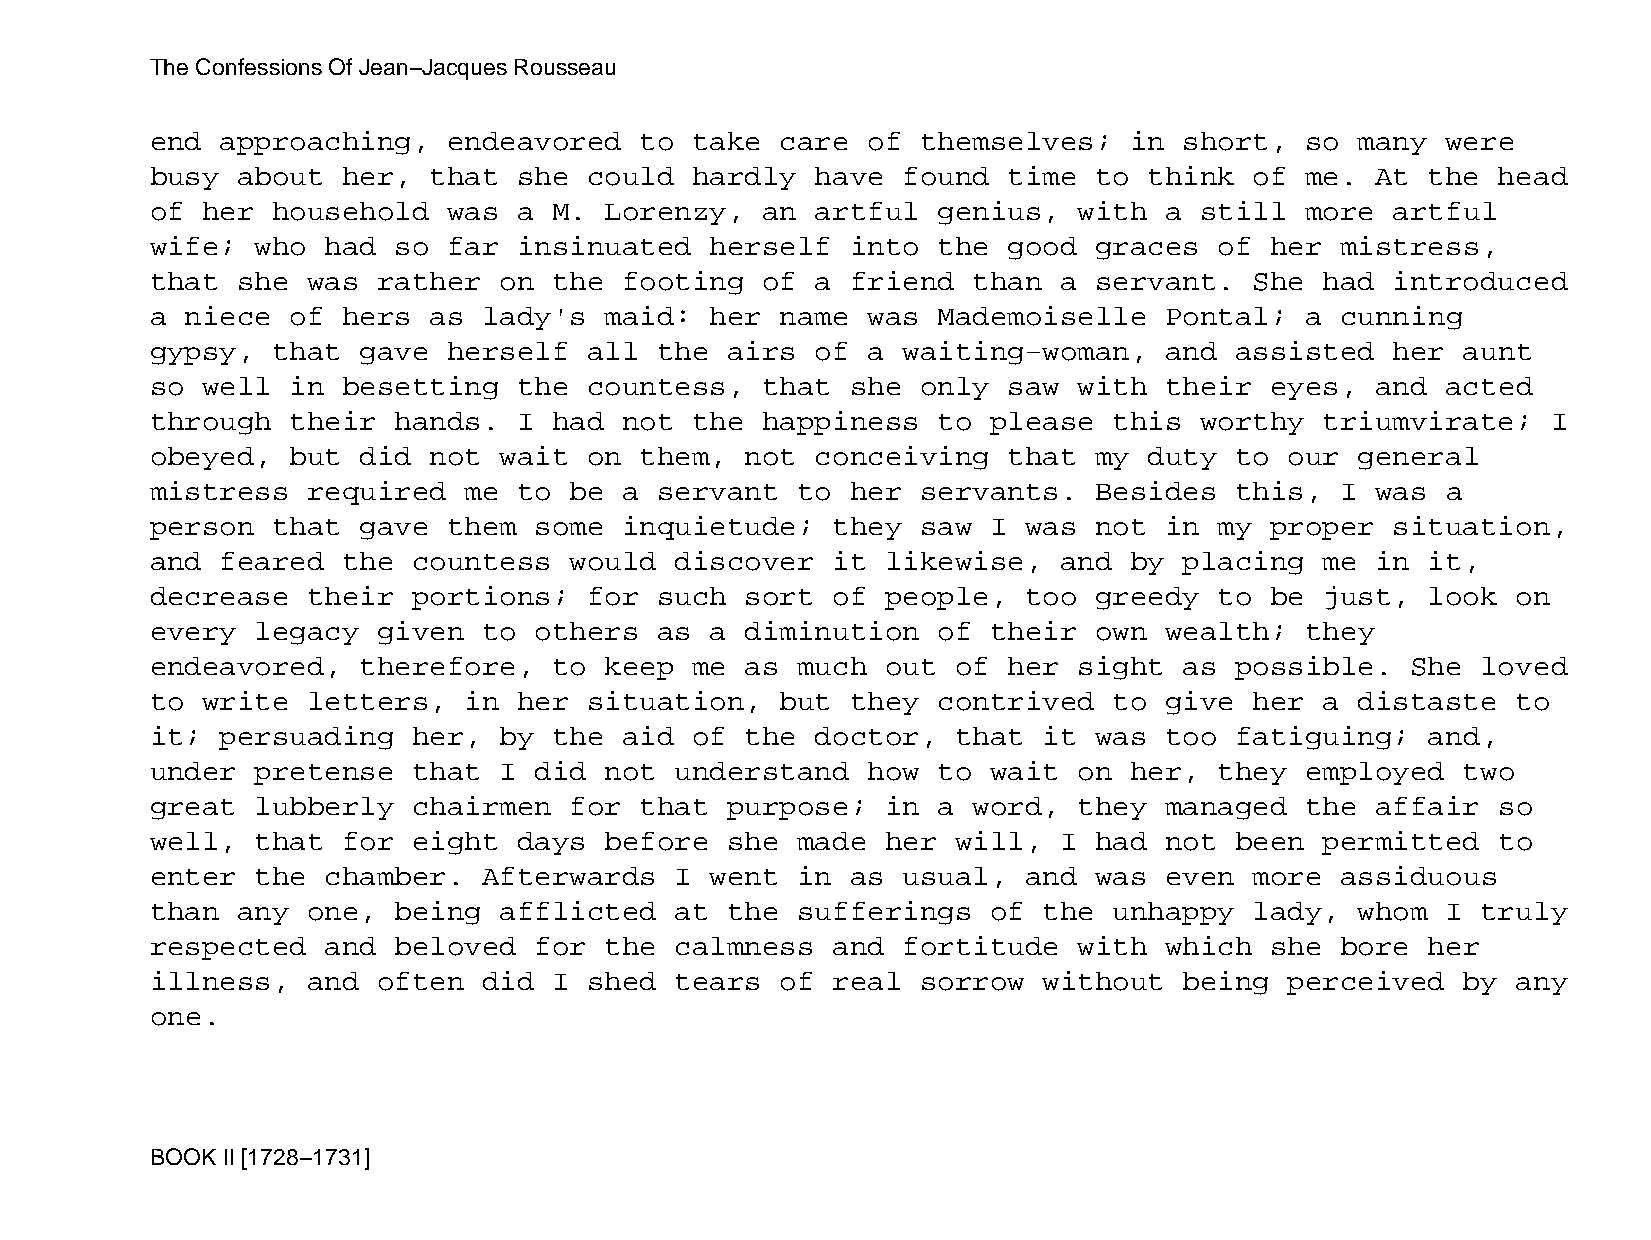
The Confessions Of Jean−Jacques Rousseau
 end  approaching,   endeavored  to  take  care of  themselves;   in short,  so  many  were
 busy  about  her, that  she  could  hardly  have  found  time to  think  of me.  At  the head
 of her  household   was a  M. Lorenzy,  an  artful  genius,  with  a still  more  artful
 wife;  who  had so  far insinuated   herself  into  the  good graces   of her  mistress,
 that  she was  rather  on  the footing  of  a friend  than  a servant.   She  had introduced
 a niece  of  hers as  lady's  maid:  her  name was  Mademoiselle   Pontal;  a  cunning
 gypsy,  that  gave  herself  all  the airs  of a  waiting−woman,   and  assisted  her  aunt
 so well  in  besetting  the  countess,  that  she  only  saw with  their  eyes,  and  acted
 through  their  hands.  I  had not  the happiness   to  please  this worthy   triumvirate;   I
 obeyed,  but  did not  wait  on them,  not  conceiving   that my  duty  to our  general
 mistress  required   me to  be a  servant  to her  servants.  Besides   this,  I was  a
 person  that  gave  them some  inquietude;   they  saw  I was not  in  my proper  situation,
 and  feared  the countess   would  discover  it  likewise,  and  by placing   me in  it,
 decrease  their  portions;   for  such sort  of  people,  too greedy   to be  just,  look on
 every  legacy  given  to others   as a diminution   of  their own  wealth;  they
 endeavored,   therefore,   to keep  me as  much  out of  her sight  as  possible.  She  loved
 to write  letters,   in her  situation,   but they  contrived   to give  her  a distaste  to
 it;  persuading  her,  by  the aid  of the  doctor,  that  it was  too  fatiguing;   and,
 under  pretense  that  I did  not  understand  how  to  wait on  her,  they employed   two
 great  lubberly  chairmen   for that  purpose;   in a word,  they  managed  the  affair  so
 well,  that  for eight  days  before  she  made  her will,  I had  not  been  permitted  to
 enter  the  chamber.  Afterwards   I went  in as  usual,  and was  even  more  assiduous
 than  any one,  being  afflicted   at the  sufferings   of the  unhappy  lady,  whom  I truly
 respected   and beloved  for  the  calmness  and  fortitude  with  which  she  bore  her
 illness,  and  often  did  I shed  tears  of real  sorrow  without  being  perceived   by any
 one.
 BOOK II [1728−1731]